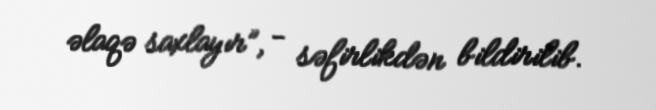
əlaqə saxlayır”, - səfirlikdən bildirilib.